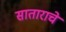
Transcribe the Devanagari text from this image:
साताराचे